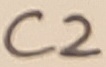
Text: C2